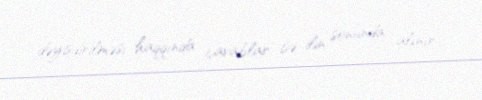
dəyişdirilməsi haqqında cavablar isə ilin sonunda alınır.